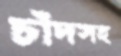
চাঁদসহ